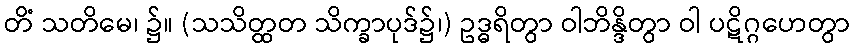
တိံ သတိမေ၊ ၌။ (သသိတ္ထတ သိက္ခာပုဒ်၌၊) ဥဒ္ဓရိတွာ ဝါဘိန္ဒိတွာ ဝါ ပဋိဂ္ဂဟေတွာ